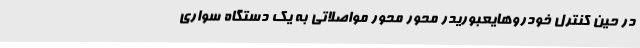
در حین کنترل خودروهایعبوریدر محور محور مواصلاتی به یک دستگاه سواری